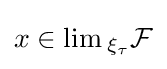
x\in \lim {}_{\xi _{\tau }}{\mathcal {F}}